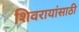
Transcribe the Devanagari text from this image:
शिवरायांसाठी